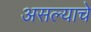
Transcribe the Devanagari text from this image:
असल्‍याचे